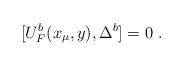
LaTeX: \begin{align*}[U^b_F(x_\mu , y),\Delta^b]=0~. \end{align*}